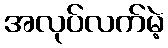
အလုပ်လက်မဲ့